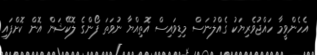
އެހެންވީމާ ހައްޖުވެރިޔަކު ގެއްލުނަސް މިޑިވައިސް އޮތިއްޔާ ނުވަތަ ފޯންގެ ލޮކޭޝަން އޮން ކޮށްފައި